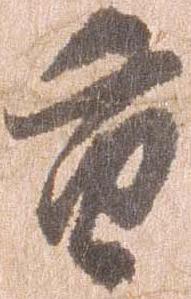
重